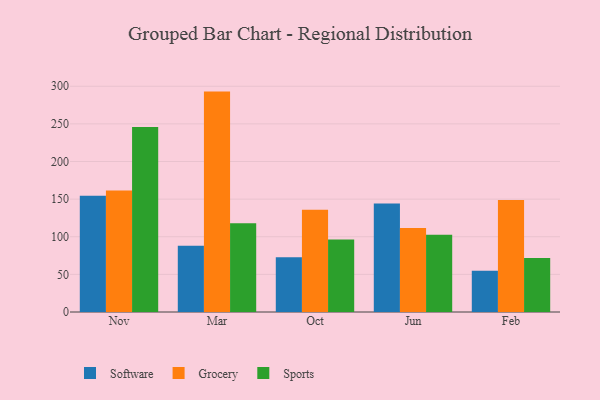
{"axis": {"x": "Month", "y": "Shipments"}, "legend": ["Grocery", "Software", "Sports"], "data": [{"x": "Nov", "y": 154.5, "type": "Software"}, {"x": "Nov", "y": 161.6, "type": "Grocery"}, {"x": "Nov", "y": 245.8, "type": "Sports"}, {"x": "Mar", "y": 88.2, "type": "Software"}, {"x": "Mar", "y": 292.9, "type": "Grocery"}, {"x": "Mar", "y": 117.9, "type": "Sports"}, {"x": "Oct", "y": 72.8, "type": "Software"}, {"x": "Oct", "y": 135.8, "type": "Grocery"}, {"x": "Oct", "y": 96.2, "type": "Sports"}, {"x": "Jun", "y": 144.1, "type": "Software"}, {"x": "Jun", "y": 111.7, "type": "Grocery"}, {"x": "Jun", "y": 102.8, "type": "Sports"}, {"x": "Feb", "y": 54.8, "type": "Software"}, {"x": "Feb", "y": 148.9, "type": "Grocery"}, {"x": "Feb", "y": 71.9, "type": "Sports"}]}